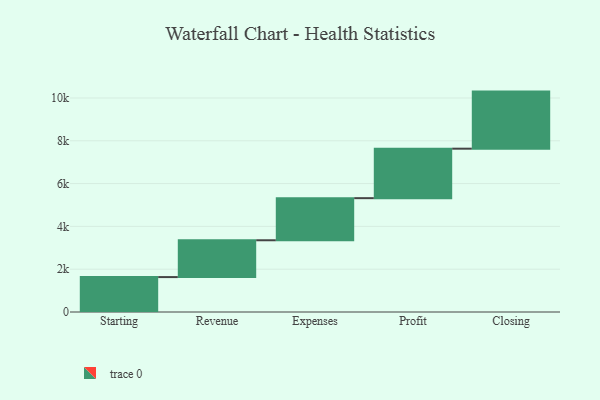
{"axis": {"x": "Step", "y": "Value"}, "legend": [""], "data": [{"x": "Starting", "y": 1631.0, "type": ""}, {"x": "Revenue", "y": 1721.0, "type": ""}, {"x": "Expenses", "y": 1967.0, "type": ""}, {"x": "Profit", "y": 2312.0, "type": ""}, {"x": "Closing", "y": 2667.0, "type": ""}]}